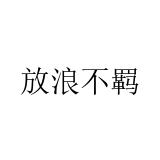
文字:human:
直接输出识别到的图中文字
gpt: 放浪不羁